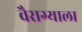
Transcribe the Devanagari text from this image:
वैराग्याला